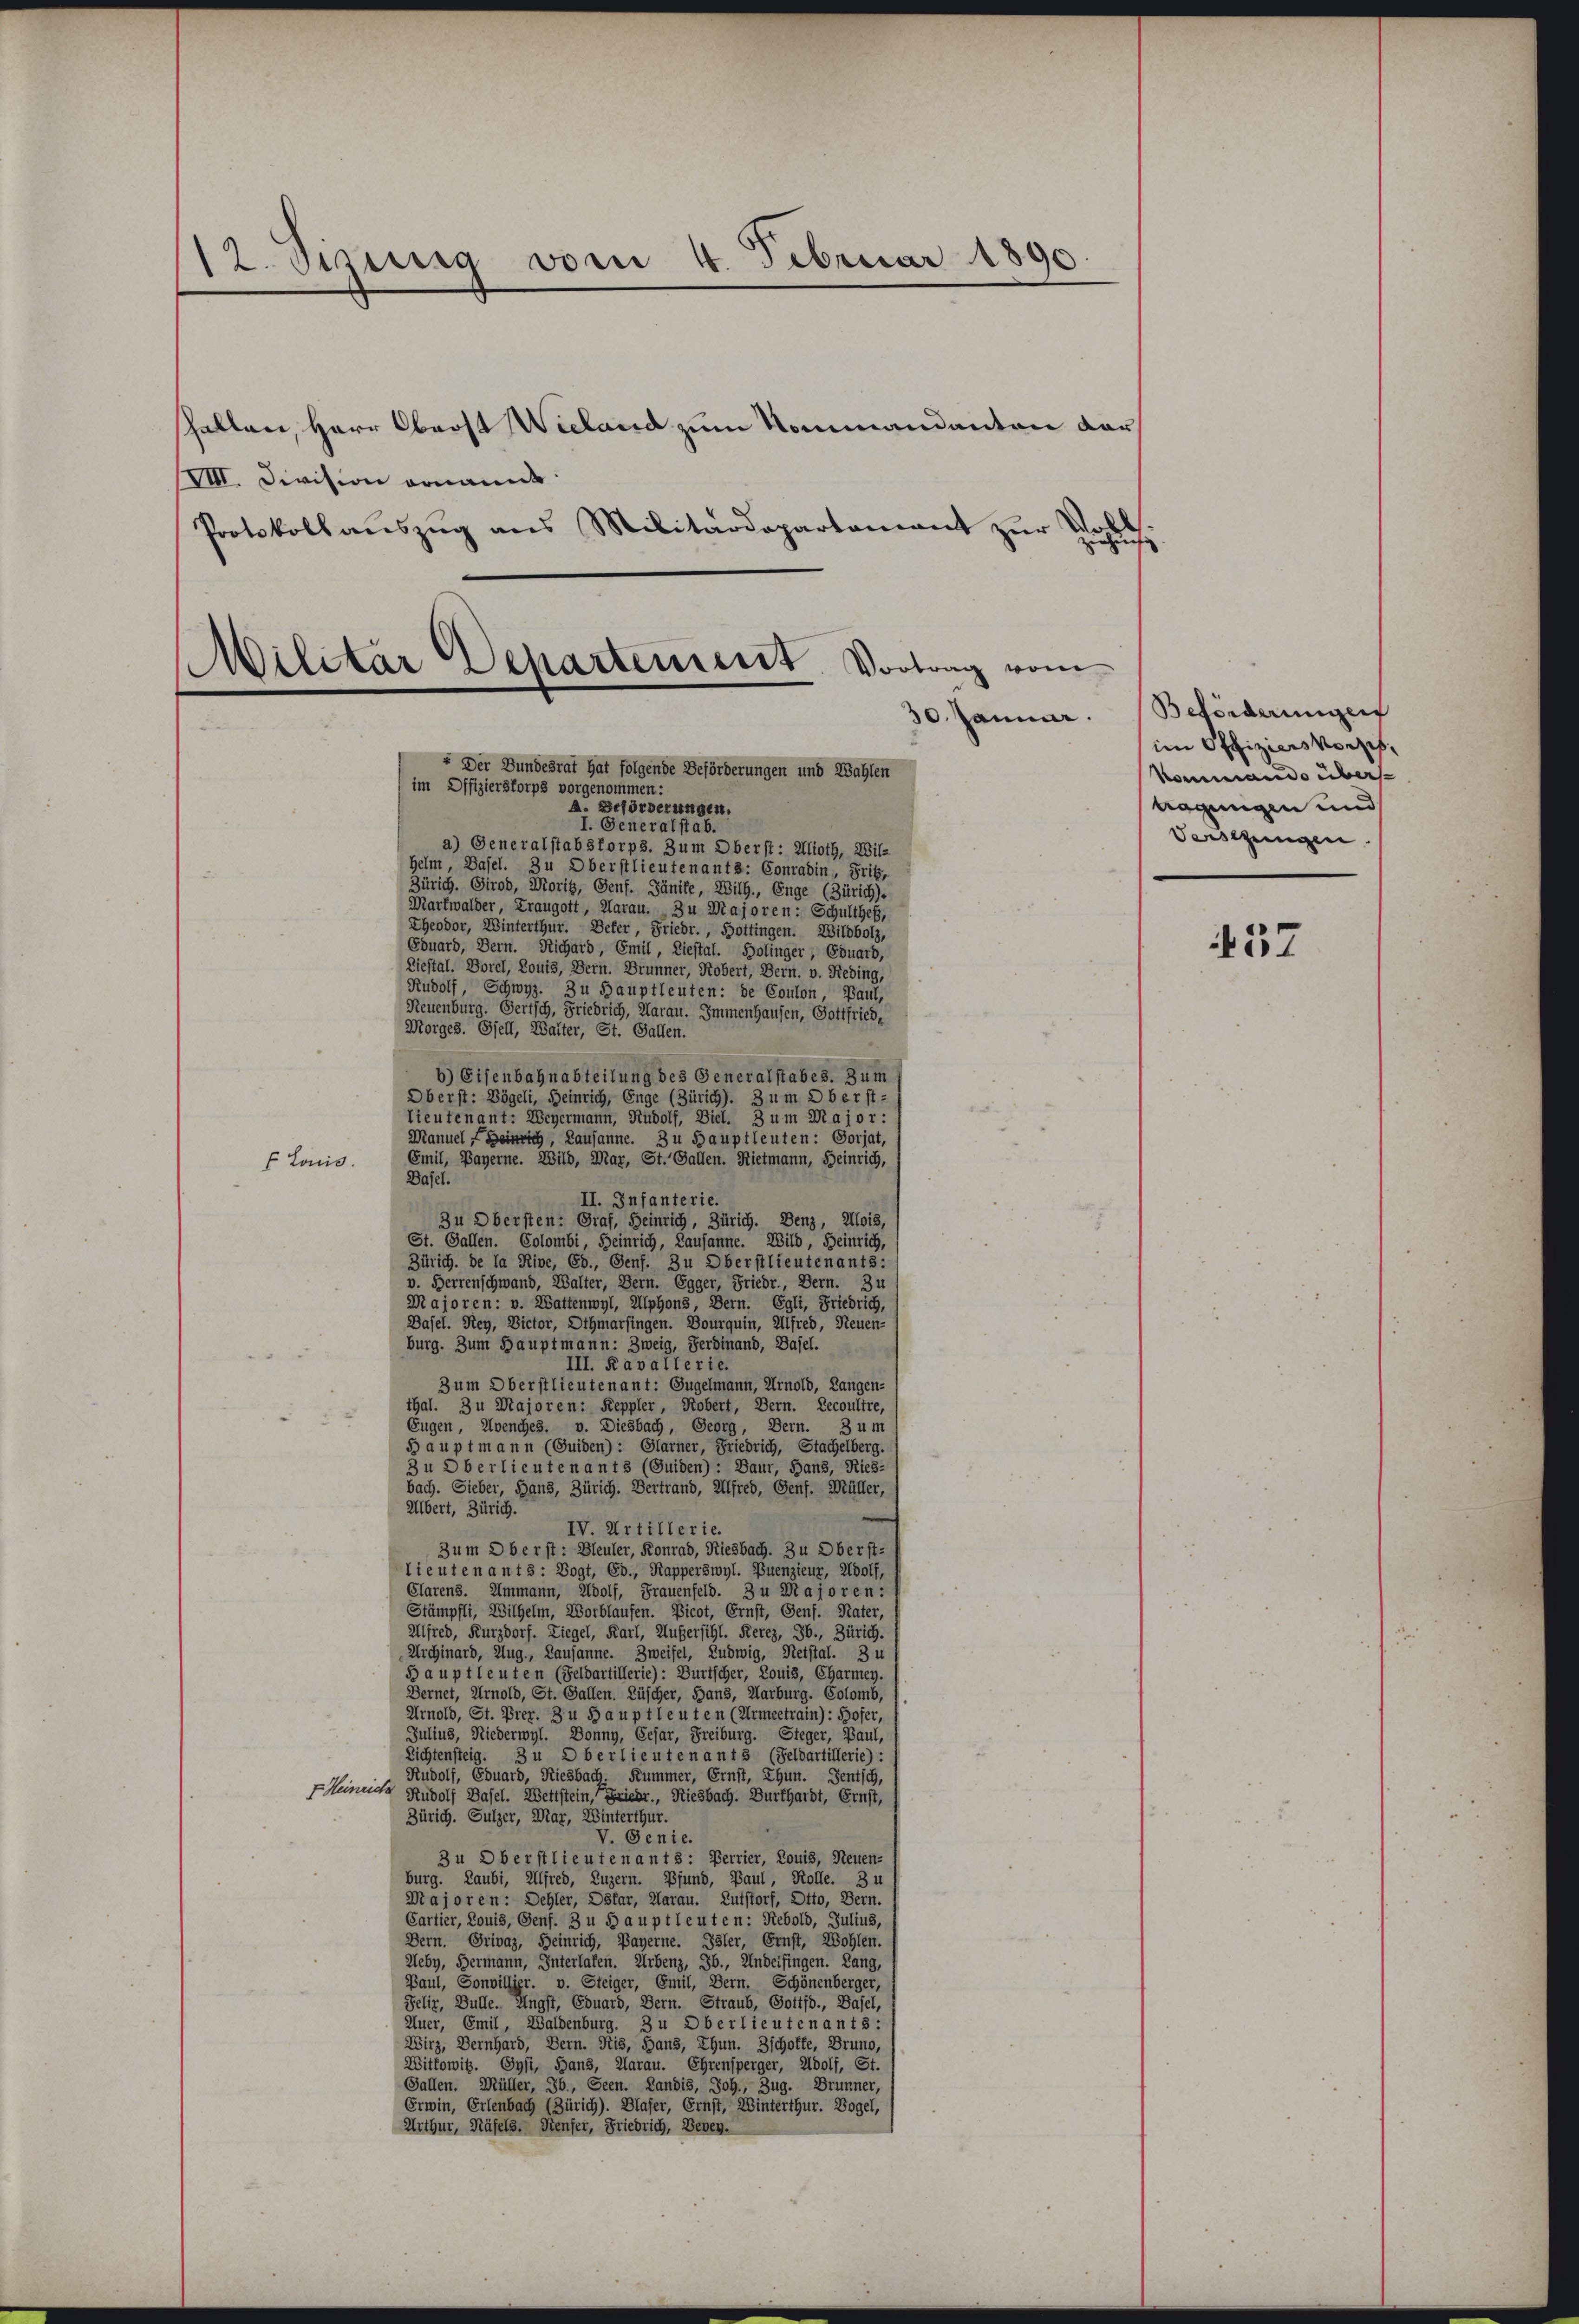
t. Sistig vom 4. Februar 1896
Gallen, Herr Oberst Vieland zum Nommandanten dar¬

VII. Division ornannt
Protokoll aŭszŭg ans Militärdepartament zŭr Volls.
im Offizierstorps vorgenommen:
A. Beförderungen,
I. Generalstab.
a) Generalstabsforps. Zum Oberst: Alioth, Wil-
Helm, Basel. Zu Oberstlieutenants: Conradin, Frits,
Zürich. Girod, Morit, Genf. Jänile, Wilh., Enge (Zürich).
Markwalder, Kraugott, Aarau. Zu Majoren: Schultheß,
Theodor, Winterthur. Deter, Friedr., Bottingen. Wildbolz,
Eduard, Bern. Richard, Emil, Liestal. Bolinger, Eduard,
Liestal. Vorel, Louis, Bern. Brunner, Kobert, Bern. v. Reding,
Rudolf, Schwyz. Zu Hauptleuten: de Coulon, Paul,
Neuenburg. Gertsch, Friedrich, Aarau. Immenhausen, Gottfried,
Morges. Gfell, Walter, St. Gallen.
b) Eisenbahnabteilung des Generalstabes. Zum
Oberst: Vögeli, Heinrich, Enge (Zürich). 3 um Oberst-
Lieutenant: Weyermann, Rudolf, Diel. 3 um Major :
Manuel Heinrich, Lausanne. Zu Hauptleuten: Sorjat,
Emil, Bayerne. Wild, Mar, St. Gallen. Rietmann, Heinrich,
 Louis.
Dasel.
II. Infanterie.
Zu Obersten: Graf, Heinrich, Zürich. Denz, Alois,
St. Gallen. Colombi, Heinrich, Lausanne. Wild, Heinrich,
Zürich. de la Rive, Eb., Genf. Zu Oberstlieutenants:
v. Herrenschwand, Walter, Bern. Egger, Friedr., Bern. Zu
Majoren: v. Wattenwyl, Alphons, Bern. Egli, Friedrich,
Dasel. Rey, Victor, Othmarfingen. Dourquin, Alfred, Neuen-
burg. Zum Hauptmann: Zweig, Ferdinand, Basel.
III. Ravallerie.
Zum Oberstlieutenant: Gugelmann, Arnold, Langen-
thal. Zu Majoren: Keppler, Kobert, Bern. Recoultre,
Eugen, Avenches. v. Diesbach, Georg, Bern. 3 um
5) auptmann (Guiden): Glarner, Friedrich, Stachelberg.
3 u Oberlieutenant 3 (Guiden): Baur, Hans, Ries-
bach. Sieber, Hans, Zürich. Vertrand, Alfred, Genf. Müller,
Albert, Zürich.
IV. Artillerie.
Zum Oberst: Bleuler, Konrad, Riesbach. Zu Oberst-
Lieutenants: Vogt, CO., Kapperswyl. Puenzieur, Adolf,
Clarens. Ummann, Adolf, Frauenfeld. 3 u Majoren:
Stämpfli, Wilhelm, Worblaufen. Bicot, Ernst, Genf. Nater,
Alfred, Kurzdorf. Liegel, Karl, Außersihl. Reres, 3b., Zürich.
Archinard, Zug, Lausanne. Zweifel, Ludwig, Retstal. 3 u
5) auptleuten (Feldartillerie): Durtscher, Louis, Charmen.
Bernet, Arnold, St. Gallen. Lüscher, Hans, Marburg. Colomb,
Arnold, St. Prer. 3 u 5) auptleuten (Armeetrain): Hofer,
Julius, Niederwyl. Donny, Gesar, Freiburg. Steger, Paul,
Lichtensteig. 3 u D berlieutenant 3 (Feldartillerie):
Rudolf, Eduard, Riesbach. Kummer, Ernst, Thun. Sentich,
Fennen Rudolf Basel. Wettstein, Friedr., Riesbach. Burkhardt, Ernst,
Zürich. Sulzer, Mar, Winterthur.
V. Genie.
3 u Oberstlieutenants: Perrier, Louis, Neuen-
burg. Laubi, Allfred, Luzern. Pfund, Baul, Kolle. 34
Majoren: Dehler, Dsfar, Aarau. Zutstorf, Otto, Bern.
Cartier, Louis, Genf. 3 u 5 auptleuten: Rebold, Julius,
Bern. Privaz, Heinrich, Bayerne. Isler, Ernst, Wohlen.
Ueby, Hermann, Interlafen. Arbenz, Sb., Andelfingen. Lang,
Paul, Sonvilligr. v. Steiger, Emil, Bern. Schönenberger,
Felir, Bulle. Angst, Eduard, Bern. Straub, Gottsd., Basel,
Auer, Emil, Waldenburg. 3 u Oberlieutenants:
Wirz, Dernhard, Bern. Ris, Hand, Thun. Zschoffe, Bruno,
Wittowitz. Gysi, Hans, Aarau. Ehrensperger, Adolf, St.
Gallen. Müller, Jb., Geen. Landis, Joh., Zug. Brunner,
Erwin, Erlenbach (Zürich). Blaser, Ernst, Winterthur. Vogel,
Arthur, Näfels, Senfer, Friedrich, Beren.

Militar Departement. Vortrag vom
30. Jänner.
“ Der Bundesrat hat folgende Beförderungen und Wahlen

Beförderungen
im Offiziers vorzuh
Kommando über-
nagungen und
Verschungen.

457